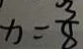
x = \frac { 3 } { 8 }